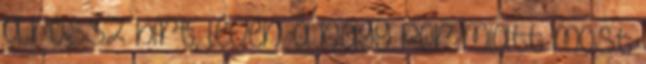
a rossz hírt, lévén a nagy por miatt most